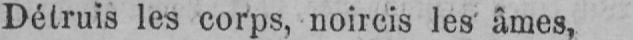
Détruis les corps, noircis les âmes,